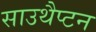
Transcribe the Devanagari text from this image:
साउथैप्टन